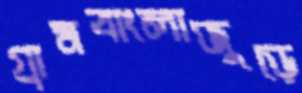
গ্রামবাংলাজুড়ে